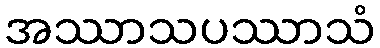
အဿာသပဿာသံ